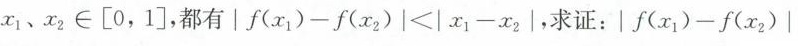
$$x_{1},x_{2}\in \left[ 0$$ 1]，都有 $$|f(x_{1})-f(x_{2})|<|x_{1}-x_{2}|$$ |，求证： $$|f(x_{1})-f(x_{2})|$$ |